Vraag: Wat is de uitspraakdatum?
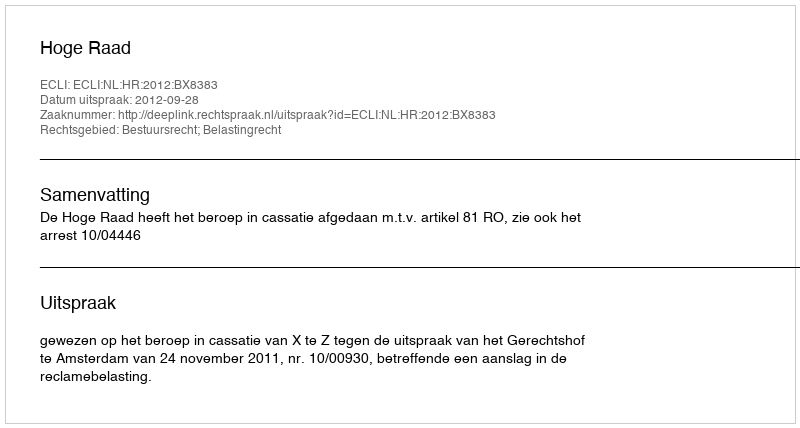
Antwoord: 2012-09-28